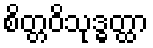
စိတ္တဝိသုဒ္ဓတ္ထာ